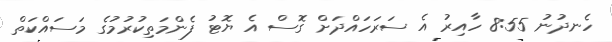
ހެނދުނު 8:55 ހާއިރު އެ ސަރަހައްދަށް ގޮސް އެ ޔޮޓު ފެންމަތިކުރުމުގެ މަސައްކަތް